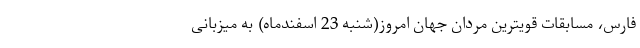
فارس، مسابقات قویترین مردان جهان امروز(شنبه 23 اسفندماه) به میزبانی